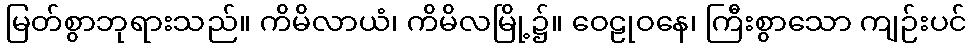
မြတ်စွာဘုရားသည်။ ကိမိလာယံ၊ ကိမိလမြို့၌။ ဝေဠုဝနေ၊ ကြီးစွာသော ကျဉ်းပင်